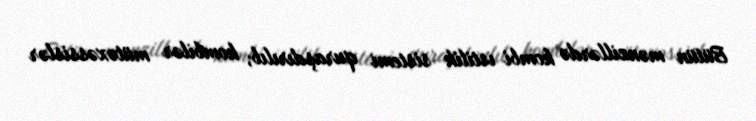
Bütün mənzillərdə kombi istilik sistemi quraşdırılıb, kombilər mütəxəssislər